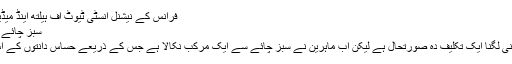
فرانس کے نیشنل انسٹی ٹیوٹ آف ہیلتھ اینڈ میڈیکل ریسرچ کے مطابق نوعمری...
سبز چائے کے ذریعے حساس دانتوں کا علاج
بیجنگ: دانتوں میں ٹھنڈا اور گرم پانی لگنا ایک تکلیف دہ صورتحال ہے لیکن اب ماہرین نے سبز چائے سے ایک مرکب نکالا ہے جس کے ذریعے حساس دانتوں کے اس مرض سے نجات مل سکتی ہے۔